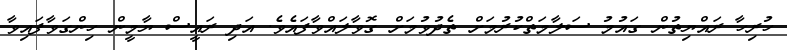
ހުރިހާ ރައްޔިތުން ގައުމު ސަލާމަތްކުރުމަށް ތެދުވުމަށް ގޮވާލައްވާފައެވެ. އަދި ރައީސް ޔާމީން ހިންގަވާފައިވާ